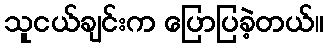
သူငယ်ချင်းက ပြောပြခဲ့တယ်။